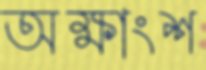
অক্ষাংশ